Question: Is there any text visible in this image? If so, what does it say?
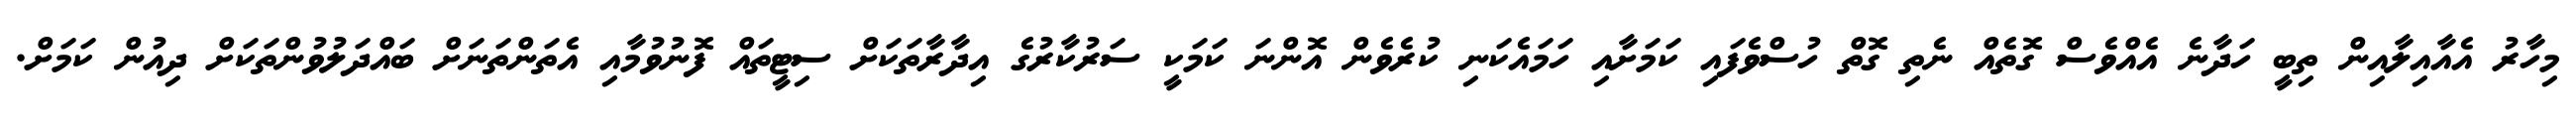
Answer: މިހާރު އެއާއިލާއިން ތިބީ ހަދާނެ އެއްވެސް ގޮތެއް ނެތި ގޮތް ހުސްވެފައި ކަމަށާއި ހަމައެކަނި ކުރެވެން އޮންނަ ކަމަކީ ސަރުކާރުގެ އިދާރާތަކަށް ސިޓީތައް ފޮނުވުމާއި އެތަންތަނަށް ބައްދަލުވުންތަކަށް ދިއުން ކަމަށް.